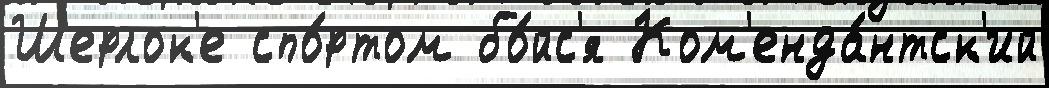
Шерлок'е спо́ртом бо́йс'я Ком'енда́нтск'ий